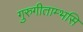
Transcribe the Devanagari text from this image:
गुरुगीताम्भसि